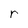
Character: r